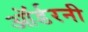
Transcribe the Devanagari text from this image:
ऑर्डरनी